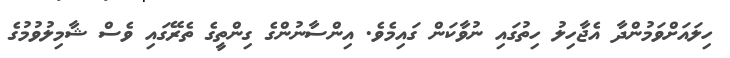
ހިލައަށްވަމުންދާ އެޖާހިލު ހިތުގައި ނުވާކަން ގައިމެވެ. އިންސާނުންގެ ގިންތީގެ ތެރޭގައި ވެސް ޝާމިލުވުމުގެ